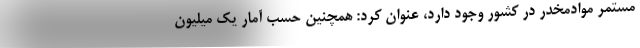
مستمر موادمخدر در کشور وجود دارد، عنوان کرد: همچنین حسب آمار یک میلیون